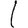
Digit: 1